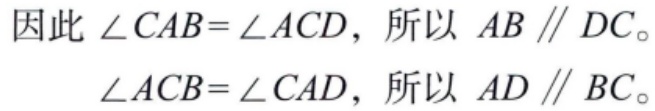
因此 $\angle CAB = \angle ACD$，所以 $AB \parallel DC$。

$\angle ACB = \angle CAD$，所以 $AD \parallel BC$。